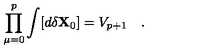
\prod _ { \mu = 0 } ^ { p } \int [ d \delta { \bf X } _ { 0 } ] = V _ { p + 1 } \quad .